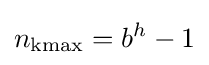
n_{\mathrm {kmax} }=b^{h}-1